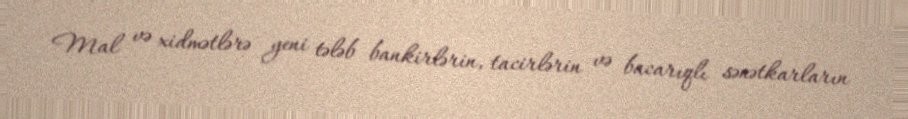
Mal və xidmətlərə yeni tələb bankirlərin, tacirlərin və bacarıqlı sənətkarların